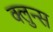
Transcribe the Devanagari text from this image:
क्लुन्स